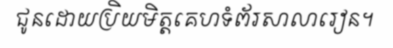
ជូនដោយប្រិយមិត្តគេហទំព័រសាលារៀន។